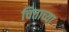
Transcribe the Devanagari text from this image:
चित्ताच्या